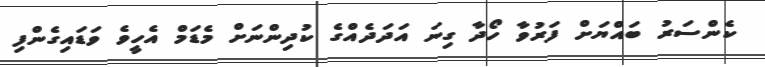
ކެންސަރު ބައްޔަށް ފަރުވާ ހޯދާ ގިނަ އަދަދެއްގެ ކުދިންނަށް މެޑަމް އެހީވެ ވަޑައިގެންފި